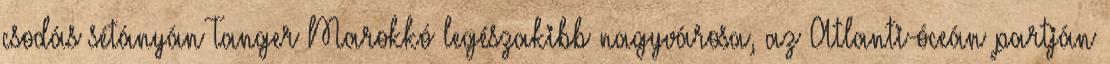
csodás sétányán Tanger Marokkó legészakibb nagyvárosa, az Atlanti-óceán partján